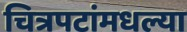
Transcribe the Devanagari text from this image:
चित्रपटांमधल्या